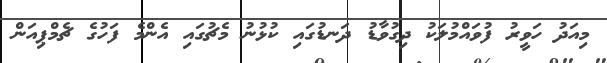
މިއަދު ހަވީރު ފުވައްމުލަކު ދިގުވާޑު ދަނޑުގައި ކުޅުނު މެޗުގައި އެންމެ ފަހުގެ ޗެމްޕިއަން